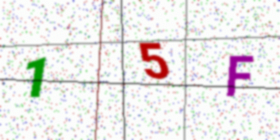
Text: 15F